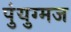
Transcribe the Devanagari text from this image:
पुंयुग्मज